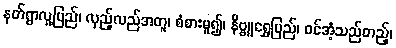
နတ်ရွာလူ့ပြည်၊ လှည့်လည်အတူ၊ စံစားမူ၍၊ နိဗ္ဗူရွှေပြည်၊ ဝင်အံ့သည်တည့်၊